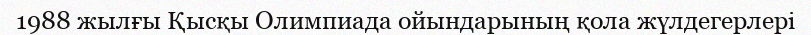
1988 жылғы Қысқы Олимпиада ойындарының қола жүлдегерлері